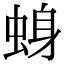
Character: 𫊾